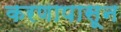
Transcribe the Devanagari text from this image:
करणापासून